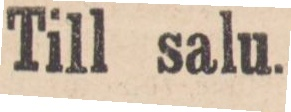
Till salu.